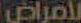
لأمراض